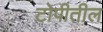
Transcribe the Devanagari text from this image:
टोपीतील